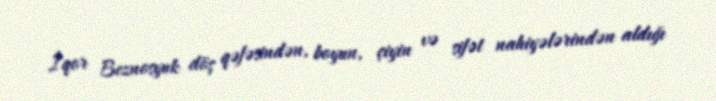
İqor Beznosyuk döş qəfəsindən, boyun, çiyin və sifət nahiyələrindən aldığı